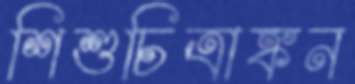
শিশুচিত্রাঙ্কন